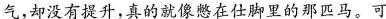
气，却没有提升，真的就像憋在仕脚里的那匹马。可